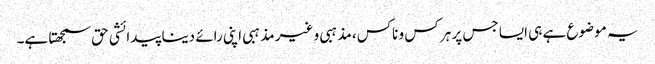
یہ موضوع ہے ہی ایسا جس پر ہر کس و ناکس، مذہبی و غیر مذہبی اپنی رائے دینا پیدائشی حق سمجھتا ہے۔